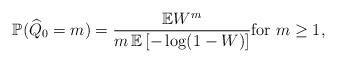
LaTeX: \begin{align*}\mathbb{P}( \widehat{Q}_0 = m ) = \frac{ \mathbb{E} W^m }{ m \, \mathbb{E} \left[ - \log(1 - W) \right]} \mbox{for} ~ m \ge 1,\end{align*}